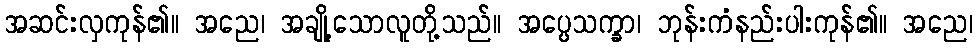
အဆင်းလှကုန်၏။ အညေ၊ အချို့သောလူတို့သည်။ အပ္ပေသက္ခာ၊ ဘုန်းကံနည်းပါးကုန်၏။ အညေ၊